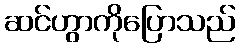
ဆင်ဟွာကိုပြောသည်